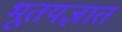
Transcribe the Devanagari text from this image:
भूतयज्ञात